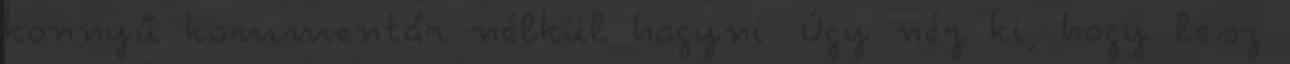
könnyű kommentár nélkül hagyni. Úgy néz ki, hogy lesz